Annual statistical returns and brief notes on vaccination in Bengal - 1909-1929
Year: 1909
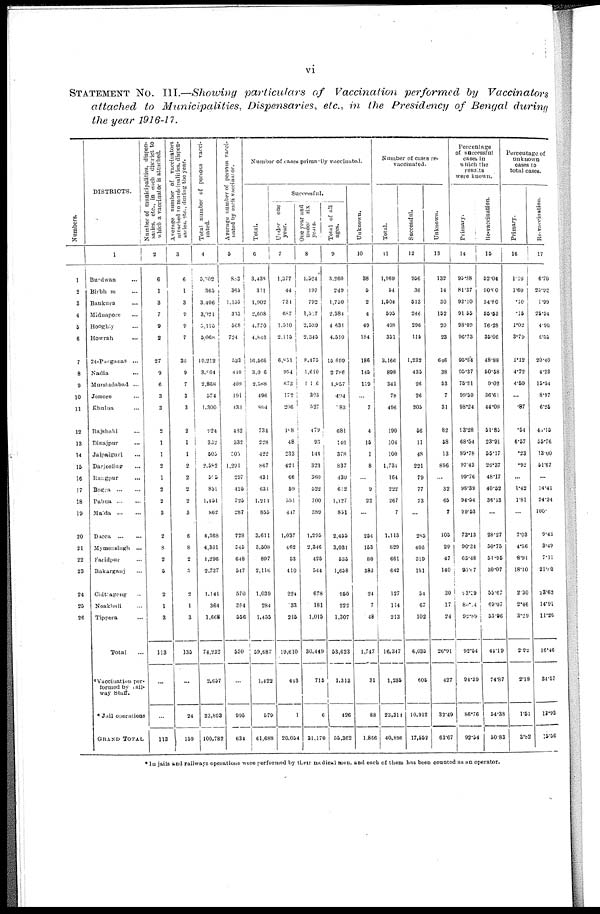
vi
STATEMENT No. III.—Showing particulars of Vaccination performed by Vaccinators
attached to Municipalities, Dispensaries, etc., in the Presidency of Bengal during
the year 1916-17.
Numbers.
1
2
3
4
5
6
7
8
9
10
11
12
13
14
15
16
17
18
19
20
21
22
23
24
25
26
DISTRICTS.
1
Burdwan ...
Birbhum ...
Bankura ...
Midnapore ...
Hooghly ...
Howrah ...
24-Pargunas ...
Nadia ...
Murshidabad ...
Jessore ...
Khulna ...
Rajshahi ...
Dinajpur ...
Jalpaiguri ...
Darjeeling ...
Rangpur ...
Bogra
...
...
Pabna
...
...
Malda
...
...
Dacca
...
...
Mymensingh ...
Faridpur ...
Bakargunj ...
Chittagong ...
Noakhali ...
Tippera ...
Total ...
*Vaccination per-
formed by Rail¬
way Staff.
* Jail operations
GRAND TOTAL
Number of municipalities, dispen¬
saries, etc., in each district to
which a vaccinator is attached.
2
6
1
3
7
9
2
27
9
6
3
3
2
1
1
2
1
2
2
3
2
8
2
5
2
1
3
113
...
...
113
Average number of vaccinators
attached to municipalities, dispen-
sation, etc., during the year.
3
6
1
3
9
9
7
38
9
7
3
3
2
1
1
2
2
2
2
3
6
8
2
5
2
1
3
135
...
24
159
Total number of persons vacci-
nated.
4
5,202
365
3,406
3,021
5,115
5,068
19,212
3,964
2,868
574
1,300
924
382
505
2,582
515
851
1,451
862
4,388
4,361
1,296
2,737
1,141
364
1,668
74,232
2,657
23,893
100,782
Average number of persons vacci¬
nated by each vaccinator.
5
883
363
1,135
335
568
724
533
440
409
191
433
432
332
505
1,291
297
425
725
287
728
545
648
547
570
364
556
550
...
995
634
Number of cases primarily vaccinated.
Total.
6
3,438
311
1,902
2,608
4,770
4,846
16,566
3,006
2,588
496
804
734
228
422
867
431
631
1,214
855
3,611
3,508
897
2,116
1,039
284
1,455
59,687
1,422
579
61,688
Successful.
Under one
year.
7
1,377
44
731
687
1,510
2.115
6,851
994
673
172
206
l88
48
233
421
66
59
351
417
1,037
462
53
410
224
33
215
19,610
443
1
20,054
One year and
under six
years.
8
1,524
197
792
1,517
2,539
2,345
8,475
1,610
1,116
393
527
479
93
144
323
360
522
700
889
1,295
2,346
425
544
678
181
1,015
30,449
715
6
31,170
Total of all
ages.
9
3,260
249
1,750
2,384
4 631
4,510
15,699
3,786
1,857
494
83
681
175
378
837
430
612
1,127
851
2,455
3,031
535
1,658
950
222
1,307
53,623
1,313
426
55,362
Unknown.
10
38
5
2
4
49
184
186
145
119
...
7
4
15
1
8
...
9
22
...
254
153
80
383
24
7
48
1,747
31
88
1,866
Number of cases re¬
vaccinated.
Total.
11
1,969
54
1,504
595
408
351
3,166
898
341
78
496
190
104
100
1,734
164
222
267
7
1,113
829
661
642
127
114
213
16,347
1,235
23,314
40,896
Successful.
12
956
36
513
246
296
115
1,232
435
26
26
205
56
11
48
221
79
77
73
...
286
406
319
151
54
67
102
6,035
605
10,912
17,552
Unknown.
13
132
14
30
162
20
23
646
38
53
7
31
82
58
13
896
...
32
65
7
105
29
47
140
30
17
24
26.91
427
32.49
63.67
Percentage
of successful
cases in
which the
results
were known.
Primary.
14
95.38
81.37
92.10
91.55
98.09
96.73
95.84
95.37
76.21
99.50
98.24
93.28
68.54
89.78
97.43
99.76
98.39
94.54
99.53
73.13
90.34
65.48
95.87
93.39
80.14
92.89
92.54
94.39
86.76
92.54
Re-vaccination.
1 5
52.04
90.00
34.80
65.53
76.28
35.06
48.88
50.68
9.02
36.61
44.08
51.85
23.01
55.17
26.37
48.17
40.52
36.13
...
28.27
50.75
51.95
30.07
55.67
69.07
53.06
44.19
74.87
54.38
50.83
Percentage of
unknown
cases to
total cases.
Primary.
16
l.10
1.60
.10
.16
1.02
3.79
1.12
4.72
4.59
...
.87
.54
6.57
.23
.92
...
1.42
1.81
...
7.03
4.36
8.91
18.10
2.30
2.46
3.29
2.92
2.18
1.51
3.82
Re-vaccination.
17
6.70
23.92
1.99
25.54
4.90
6.55
20.40
4.23
15.54
8.97
6.25
40.15
55.76
13.00
51.67
...
14.41
24.34
100.
9.43
3.49
7.11
21.00
23.62
14.91
11.26
16.46
34.57
13.93
15.56
* In jails and railways operations were performed by their medical men, and each of them has been counted as an operator.